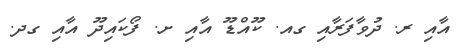
އާއި ރ. ދުވާފަރާއި ގއ. ކޫއްޑޫ އާއި ށ. ފޯކައިދޫ އާއި ގދ.